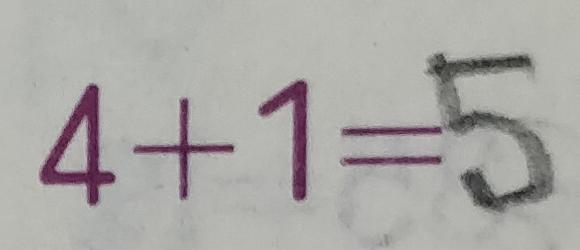
4 + 1 = 5